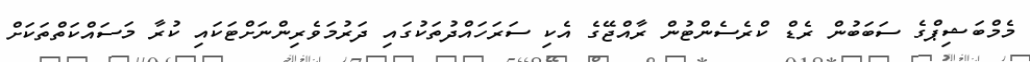
މެމްބަޝިޕްގެ ސަބަބުން ރެޑް ކްރެސެންޓުން ރާއްޖޭގެ އެކި ސަރަަހައްދުތަކުގައި ދަރުމަވެރިންނަށްޓަކައި ކުރާ މަސައްކަތްތަކަށް